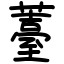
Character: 薹